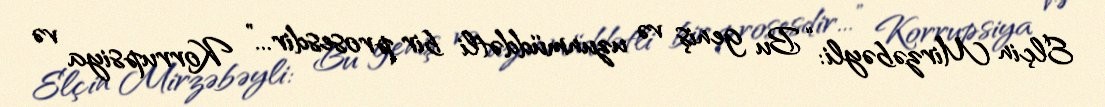
Elçin Mirzəbəyli: “Bu geniş və uzunmüddətli bir prosesdir...” Korrupsiya və